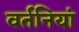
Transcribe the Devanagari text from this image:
वर्तनियां